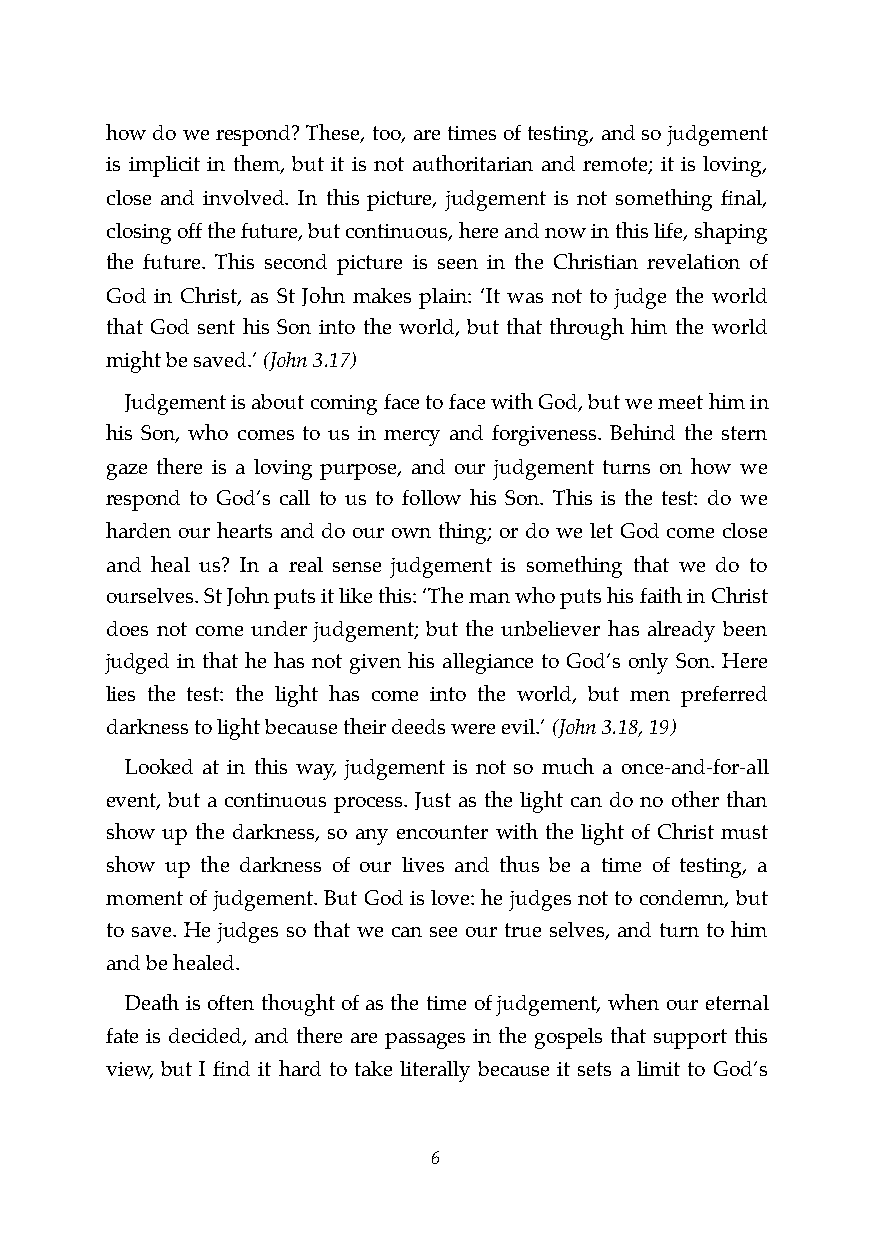
how do we respond? These, too, are times of testing, and so judgement
 is implicit in them, but it is not authoritarian and remote; it is loving,
 close and involved. In this picture, judgement is not something final,
 closing off the future, but continuous, here and now in this life, shaping
 the future. This second picture is seen in the Christian revelation of
 God in Christ, as St John makes plain: ‘It was not to judge the world
 that God sent his Son into the world, but that through him the world
 might be saved.’ (John 3.17)
 Judgement is about coming face to face with God, but we meet him in
 his Son, who comes to us in mercy and forgiveness. Behind the stern
 gaze there is a loving purpose, and our judgement turns on how we
 respond to God’s call to us to follow his Son. This is the test: do we
 harden our hearts and do our own thing; or do we let God come close
 and heal us? In a real sense judgement is something that we do to
 ourselves. St John puts it like this: ‘The man who puts his faith in Christ
 does not come under judgement; but the unbeliever has already been
 judged in that he has not given his allegiance to God’s only Son. Here
 lies the test: the light has come into the world, but men preferred
 darkness to light because their deeds were evil.’ (John 3.18, 19)
 Looked at in this way, judgement is not so much a once-and-for-all
 event, but a continuous process. Just as the light can do no other than
 show up the darkness, so any encounter with the light of Christ must
 show up the darkness of our lives and thus be a time of testing, a
 moment of judgement. But God is love: he judges not to condemn, but
 to save. He judges so that we can see our true selves, and turn to him
 and be healed.
 Death is often thought of as the time of judgement, when our eternal
 fate is decided, and there are passages in the gospels that support this
 view, but I find it hard to take literally because it sets a limit to God’s
 !6